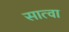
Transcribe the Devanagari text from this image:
सात्वा